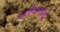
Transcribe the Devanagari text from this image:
पालिशवाले